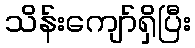
သိန်းကျော်ရှိပြီး